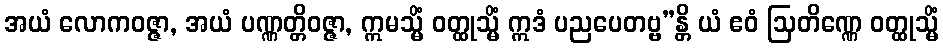
အယံ လောကဝဇ္ဇာ, အယံ ပဏ္ဏတ္တိဝဇ္ဇာ, ဣမသ္မိံ ဝတ္ထုသ္မိံ ဣဒံ ပညပေတဗ္ဗ”န္တိ ယံ ဧဝံ ဩတိဏ္ဏေ ဝတ္ထုသ္မိံ